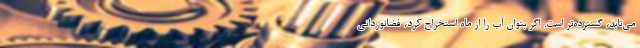
می‌تابد، گسترده‌تر است. اگر بتوان آب را از ماه استخراج کرد، فضانوردانی